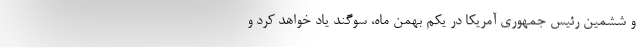
و ششمین رئیس جمهوری آمریکا در یکم بهمن ماه، سوگند یاد خواهد کرد و